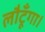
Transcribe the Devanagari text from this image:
लौटूँगा।